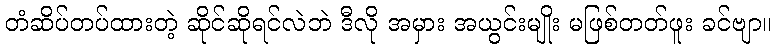
တံဆိပ်တပ်ထားတဲ့ ဆိုင်ဆိုရင်လဲဘဲ ဒီလို အမှား အယွင်းမျိုး မဖြစ်တတ်ဖူး ခင်ဗျာ။